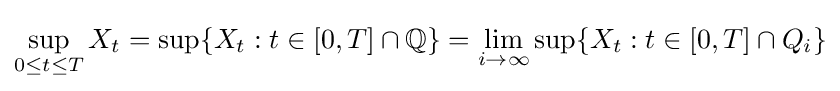
\sup _{0\leq t\leq T}X_{t}=\sup\{X_{t}:t\in [0,T]\cap \mathbb {Q} \}=\lim _{i\to \infty }\sup\{X_{t}:t\in [0,T]\cap Q_{i}\}